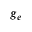
g _ { e }